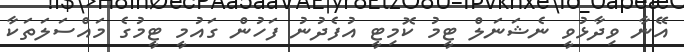
އޭނާ ވިދާޅުވީ ނެޝަނަލް ޓީމު ކޮމިޓީ އުފެދުނު ފަހުން ގައުމީ ޓީމުގެ މައްސަލަތަކާ